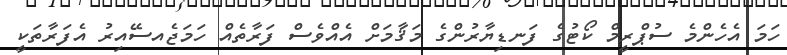
ހަމަ އެހެންމެ ސުޕްރީމް ކޯޓުގެ ފަނޑިޔާރުންގެ މަޤާމަށް އެއްވެސް ފަރާތެއް ހަމަޖެއސޭއިރު އެފަރާތަކީ